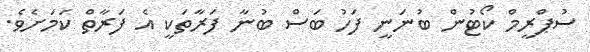
ސުޕްރީމް ކޯޓުން ބުނަނީ ފަހު ބަސް ބުނާ ފަރާތަކީ އެ ފަރާތް ކަމަށެވެ.